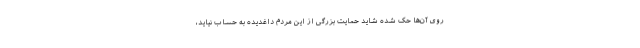
روی آن‌ها حک شده شاید حمایت بزرگی از این مردم داغدیده به حساب نیاید،